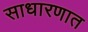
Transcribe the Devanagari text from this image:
साधारणात